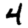
Digit: 4